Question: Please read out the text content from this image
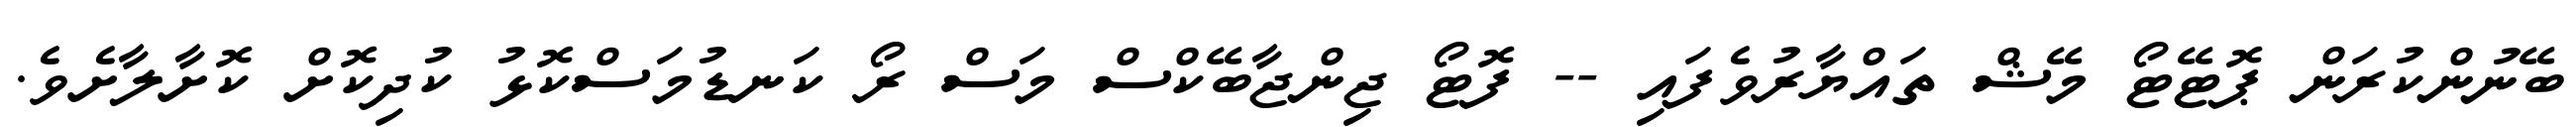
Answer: ބޭނުންކުރަން ޕޮޓޭޓޯ މޭޝް ތައްޔާރުވެފައި -- ފޮޓޯ ޖިންޖާބޭކްސް މަސް ރޯ ކަނޑުމަސްކޮޅު ކުދިކޮށް ކޮށާލާށެވެ.